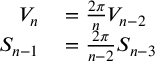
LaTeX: \begin{array} { r l } { V _ { n } } & { { } = { \frac { 2 \pi } { n } } V _ { n - 2 } } \\ { S _ { n - 1 } } & { { } = { \frac { 2 \pi } { n - 2 } } S _ { n - 3 } } \end{array}